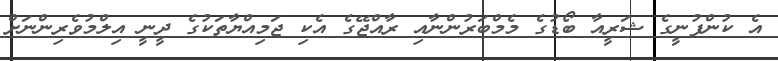
އެ ކުންފުނީގެ ޝަރީއާ ބޯޑުގެ މެމްބަރުންނާއި ރާއްޖޭގެ އެކި ޖަމިއްޔާތަކުގެ ދީނީ އިލްމުވެރިންނަށް